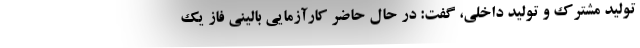
تولید مشترک و تولید داخلی، گفت: در حال حاضر کارآزمایی بالینی فاز یک